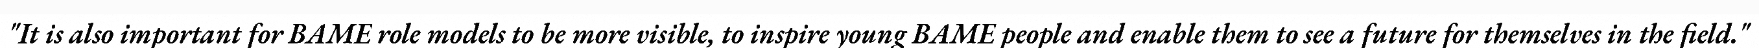
"It is also important for BAME role models to be more visible, to inspire young BAME people and enable them to see a future for themselves in the field."